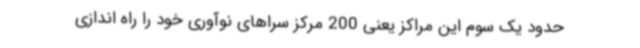
حدود یک سوم این مراکز یعنی 200 مرکز سراهای نوآوری خود را راه اندازی